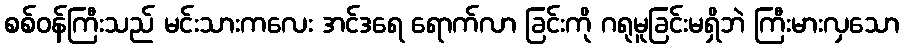
စစ်ဝန်ကြီးသည် မင်းသားကလေး အင်ဒရေ ရောက်လာ ခြင်းကို ဂရုမူခြင်းမရှိဘဲ ကြီးမားလှသော